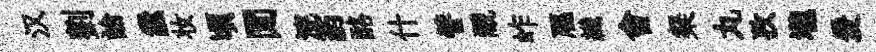
汉劉論纛妆頃閒浣葯酪什譬覼岞豗纎會粲丸孜壠爰